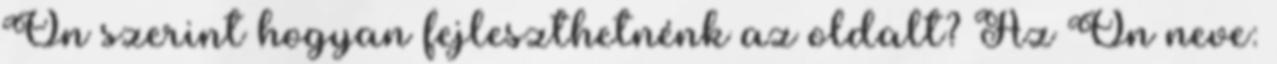
Ön szerint hogyan fejleszthetnénk az oldalt? Az Ön neve: